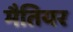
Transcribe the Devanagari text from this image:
मैतियर